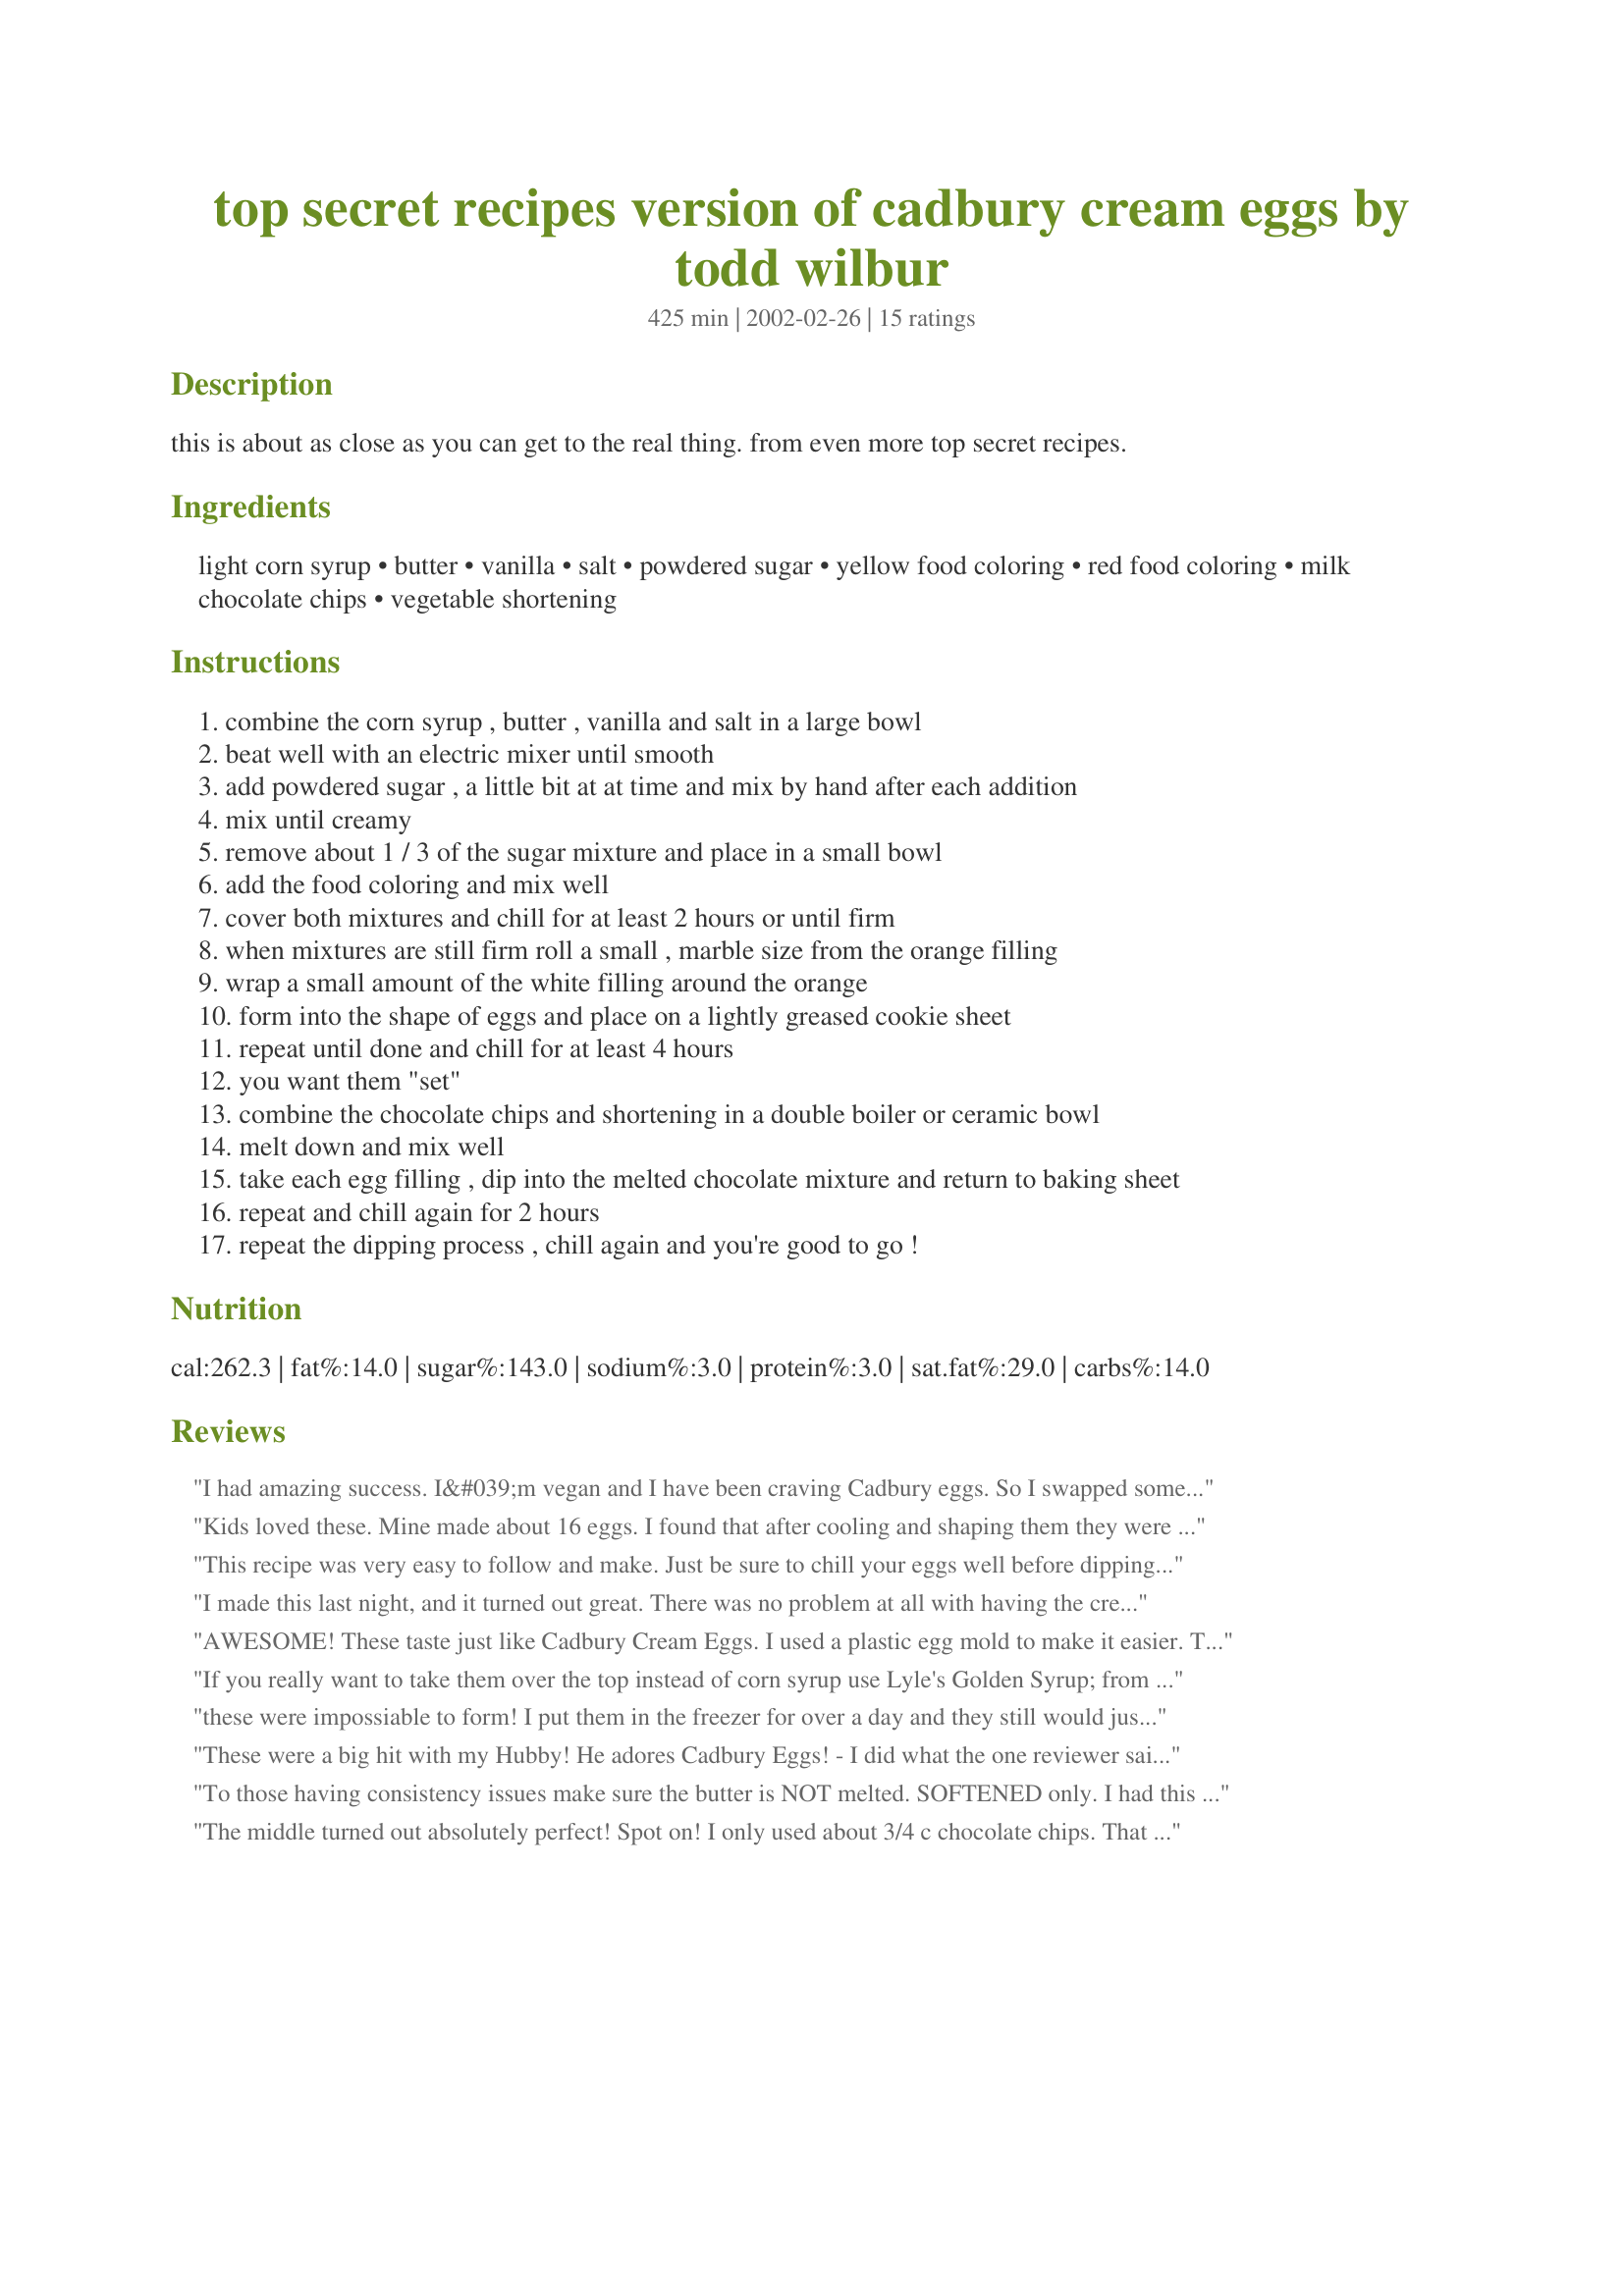
top secret recipes version of cadbury cream eggs by todd wilbur
Preparation time: 425 minutes

this is about as close as you can get to the real thing. from even more top secret recipes.

Ingredients:
light corn syrup, butter, vanilla, salt, powdered sugar, yellow food coloring, red food coloring, milk chocolate chips, vegetable shortening

Steps:
combine the corn syrup , butter , vanilla and salt in a large bowl
beat well with an electric mixer until smooth
add powdered sugar , a little bit at at time and mix by hand after each addition
mix until creamy
remove about 1 / 3 of the sugar mixture and place in a small bowl
add the food coloring and mix well
cover both mixtures and chill for at least 2 hours or until firm
when mixtures are still firm roll a small , marble size from the orange filling
wrap a small amount of the white filling around the orange
form into the shape of eggs and place on a lightly greased cookie sheet
repeat until done and chill for at least 4 hours
you want them "set"
combine the chocolate chips and shortening in a double boiler or ceramic bowl
melt down and mix well
take each egg filling , dip into the melted chocolate mixture and return to baking sheet
repeat and chill again for 2 hours
repeat the dipping process , chill again and you're good to go !

Reviews:
I had amazing success. I&#039;m vegan and I have been craving Cadbury eggs. So I swapped some of the ingredients. I used Earth Balance vegan butter (straight from the fridge, not soft) and semi sweet baking chocolate that was dairy free. It took me less than 4 hours to make these. I followed the recipe, but I chilled the &#039;cream&#039; for an hour in the freezer. I also rubbed a glass baking pan with butter and put it in the freezer so I would have a chilled place to put the eggs after I rolled them. Then I rolled the cream in egg shapes and placed them on my chilled glass pan, and put them back into the freezer for another hour. I then melted my chocolate, rolled my eggs in and placed them back onto the chilled glass. I didn&#039;t have much chocolate left, so I just poured the excess chocolate onto them. I chilled them back in the freezer for another 15 minutes. They turned out perfect, I didn&#039;t have any issues with consistency or gooey eggs.
Kids loved these. Mine made about 16 eggs. I found that after cooling and shaping them they were still hard to work with so I froze the egg shapes overnight and it was much easier to dip them in chocolate. I used chipit brand milk chocolate chips and they were a big hit in my house.Thanks for the recipe.
This recipe was very easy to follow and make. Just be sure to chill your eggs well before dipping and I recommend tempering your chocolate if you want to wrap these.
I made this last night, and it turned out great. There was no problem at all with having the cream set, so I'm wondering what problem the others may have been facing? I used actual butter (non-salted), and they set very well in the refrigerator--you can turn the bowl upside down and it will stay in there; you have to scoop it out.
Great recipe!
*^_^*
AWESOME! These taste just like Cadbury Cream Eggs. I used a plastic egg mold to make it easier. These were simple, funa nd delicious! Thanks for sharing!
If you really want to take them over the top instead of corn syrup use Lyle's Golden Syrup; from England, previously sold in green and gold tins now in plastic jars with same green and gold label. This stuff is so much better tasting than regular corn syrup; has a lovely buttery taste. Worth the extra dollars considering how little you use. I have also made them with Belgian Callebaut dark 60-40 chocolate; (you do have to temper the chocolate first) the contrast between the dark chocolate and the sweet filling is amazing. You could even dip in milk chocolate then in the dark. I think the home made recipe tastes better than the Cadbury ones do, the store bought ones seem just sweet and don't have that buttery taste they used to. Most people who tried these eggs made the same comment.
these were impossiable to form! I put them in the freezer for over a day and they still would just become a sticky mess in my hands. I ended up pouring the filling into ice cube trays I sprayed with cooking spray then poured chocolate over the top. Then I froze the trays and popped out the layered cream eggs. They tasted great, just did not look like eggs. Once I unmolded them they were also hard to eat since they started to ooze minutes after being at room temp. So I ended up eating these with a bowl and spoon haha.
These were a big hit with my Hubby! He adores Cadbury Eggs! - I did what the one reviewer said, keep the butter only a little soft and used real butter and my filling turned out good. I found it easier to work with these if you keep most of the filling balls in the freezer and only take out maybe 6 or 8 at a time to stick with toothpicks and dip into the chocolate (Ghirardelli milk chocolate chips), then put them right back into the freezer. I also found that a non-stick pastry mat worked well to set them onto and they came off of there fairly easy. My husband actually noticed that I used a good quality chocolate on these too! will definitely make again!! thanks!!!!! :)
To those having consistency issues make sure the butter is NOT melted. SOFTENED only. I had this issue the first time I made them and when I made it still solid butter they were fabulous!
My husband LOVES them!
The middle turned out absolutely perfect! Spot on! I only used about 3/4 c chocolate chips. That was enough for my 27 eggs. However, I only dipped them once because I'm really just here for the center of the eggs anyways. ;-)
These went over tremendously well! Though they were very difficult to part with. A dangerous treat to have in your house for sure! I'd even go to the length to say that they were BETTER than Cadbury's. Now, my only complaint is the amount of time and effort it took to make. I have a toddler, and very limited time... so this ended up taking me two days to finish. Plus, every time I took them out of the fridge or freezer they would thaw quicker than I could get more than a handful progressed to the next stage. Toward the end I decided to leave the molds in the freezer and take out one at a time to coat in the chocolate - if only I had thought of that sooner!
I made these (in a ball shape) to give out as xmas presents as everyone loves them at easter so I thought - why not? They are great! I will make these all the time...
I put it in the congelator and it takes me only 3 hours, the recipe is really good but verry sugary.
To me, this didn't taste anything like a Cadbury egg, more like a cream drop that's sold around Christmastime. But, my husband is very fond of the cream drops. We only used one coat of chocolate because we're impatient. Will make again soon. :)
Just a suggestion for those having difficulty molding - get a jello egg mold. Makes it incredibly easy to do.
